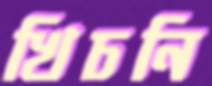
খিচনি